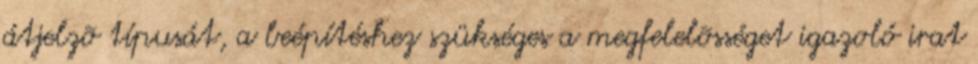
átjelzõ típusát, a beépítéshez szükséges a megfelelõsséget igazoló irat